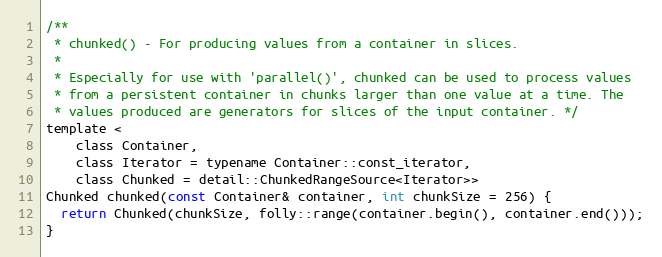
Language: C
/**
 * chunked() - For producing values from a container in slices.
 *
 * Especially for use with 'parallel()', chunked can be used to process values
 * from a persistent container in chunks larger than one value at a time. The
 * values produced are generators for slices of the input container. */
template <
    class Container,
    class Iterator = typename Container::const_iterator,
    class Chunked = detail::ChunkedRangeSource<Iterator>>
Chunked chunked(const Container& container, int chunkSize = 256) {
  return Chunked(chunkSize, folly::range(container.begin(), container.end()));
}